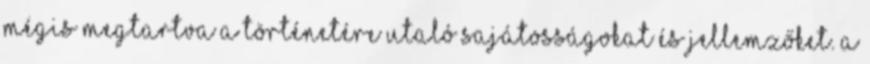
mégis megtartva a történetére utaló sajátosságokat és jellemzőket. A